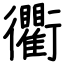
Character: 衢